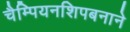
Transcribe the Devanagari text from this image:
चैम्पियनशिपबनाने